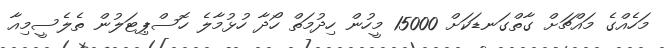
މަހެއްގެ މައްޗަށް ގާތްގަނޑަކަށް 15000 މީހުން ހިދުމަތް ހޯދާ ހުޅުމާލެ ހޮސްޕިޓަލުން ތެލެސީމިއާ